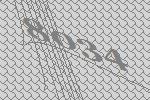
8034